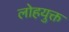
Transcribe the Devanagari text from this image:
लोहयुक्त